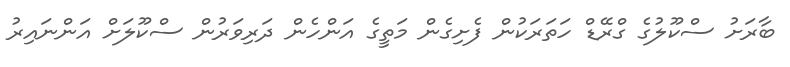
ބާރަށު ސްކޫލުގެ ގްރޭޑް ހަތަރަކުން ފެށިގެން މަތީގެ އަންހެން ދަރިވަރުން ސްކޫލަށް އަންނައިރު